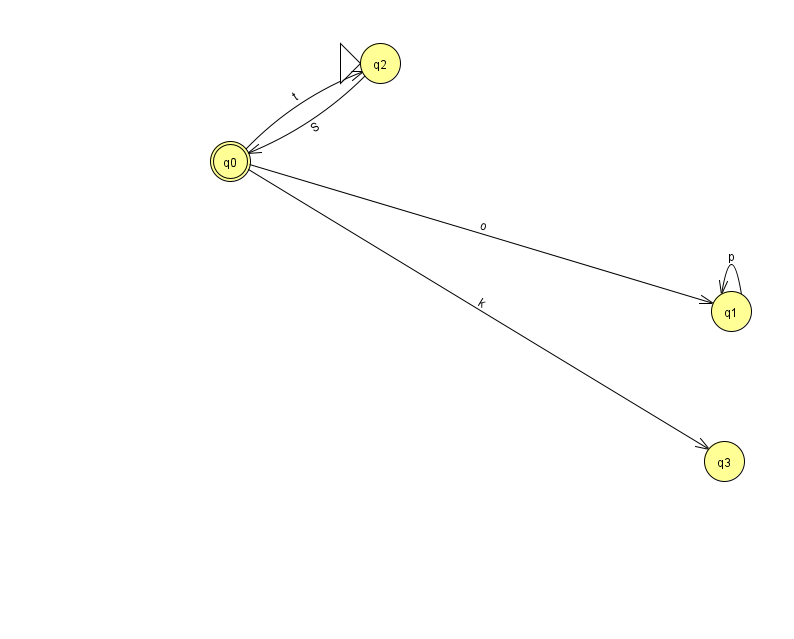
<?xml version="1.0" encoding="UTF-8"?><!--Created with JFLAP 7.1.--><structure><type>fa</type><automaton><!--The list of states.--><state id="0" name="q0"><x>230.0</x><y>148.0</y><final/></state><state id="1" name="q1"><x>731.0</x><y>298.0</y></state><state id="2" name="q2"><x>380.0</x><y>50.0</y><initial/></state><state id="3" name="q3"><x>724.0</x><y>448.0</y></state><!--The list of transitions.--><transition><from>1</from><to>1</to><read>p</read></transition><transition><from>0</from><to>2</to><read>t</read></transition><transition><from>2</from><to>0</to><read>S</read></transition><transition><from>0</from><to>3</to><read>k</read></transition><transition><from>0</from><to>1</to><read>o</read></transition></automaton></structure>